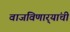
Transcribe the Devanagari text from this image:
वाजविणार्‍यांची